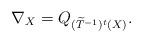
LaTeX: \begin{align*}\nabla_{X}=Q_{(\widetilde{T}^{-1})^{t}(X)}.\end{align*}